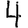
Digit: 4